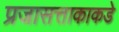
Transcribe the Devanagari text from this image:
प्रजासत्ताकाकडे